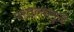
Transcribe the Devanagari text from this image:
परतल्यामुळे